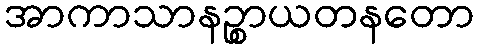
အာကာသာနဉ္စာယတနတော